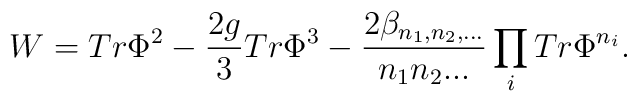
W = Tr \Phi^2 - \frac{2g}{3} Tr\Phi^3 - \frac{2 \beta_{n_1, n_2,... }}{n_1n_2...} \prod_{i} Tr \Phi^{n_i}.